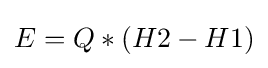
E=Q*(H2-H1)